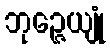
ဘုဉ္ဇေယျုံ